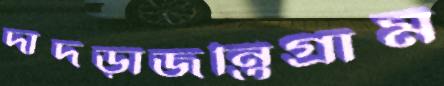
দাদড়াজন্তিগ্রাম